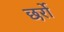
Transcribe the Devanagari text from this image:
छर्रो